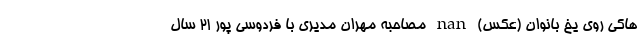
هاکی روی یخ بانوان (عکس) nan مصاحبه مهران مدیری با فردوسی پور 21 سال